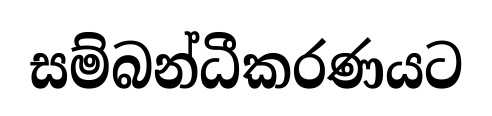
සම්බන්ධීකරණයට